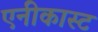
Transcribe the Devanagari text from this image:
एनीकास्ट